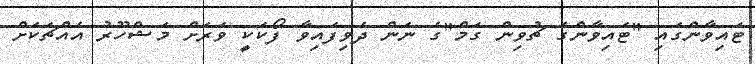
ޓައިވާންގައި "ޓައިވާންގެ ޗުވިން ގަމް"ގެ ނަން ދެވިފައިވާ ފޯކަކީ ވަރަށް މަޝްހޫރު އެއްޗަކަށް